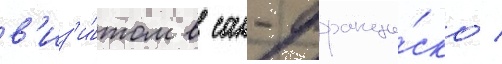
в'из'и́том в сан-франци́ско /